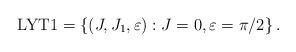
LaTeX: \begin{align*}{\rm LYT1}= \left\{ (J,J_1,\varepsilon) : J=0,\varepsilon=\pi/2\right\}. \end{align*}